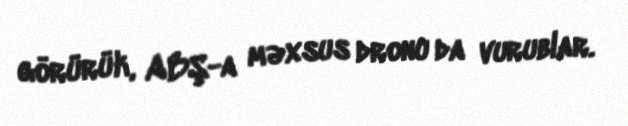
görürük, ABŞ-a məxsus dronu da vurublar.